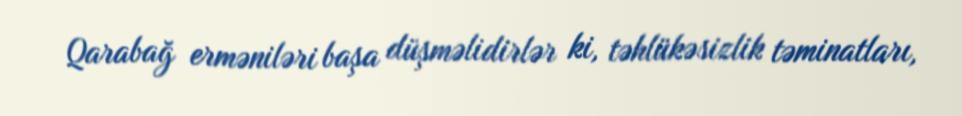
Qarabağ erməniləri başa düşməlidirlər ki, təhlükəsizlik təminatları,